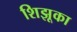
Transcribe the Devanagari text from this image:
शिझूका